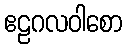
ဧဠဂလဝါစော